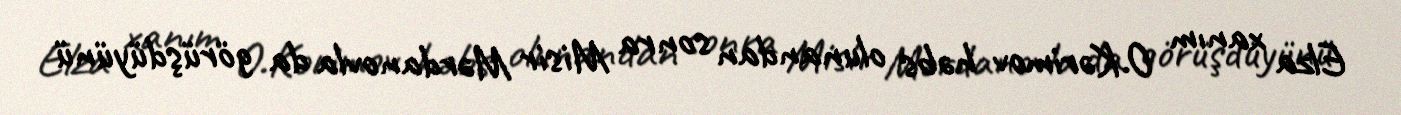
Elza xanım O.Kərimov həbs olunandan sonra Misir Mərdanovla da görüşdüyünü